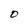
Character: D